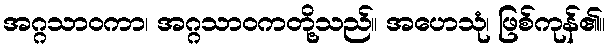
အဂ္ဂသာဝကာ၊ အဂ္ဂသာဝကတို့သည်။ အဟေသုံ၊ ဖြစ်ကုန်၏။